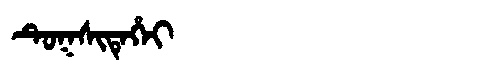
Manchu: ᡨᡠᡴᠰᡳᡨᡝᡥᡝᡳ
Romanization: TUKSITEHEI